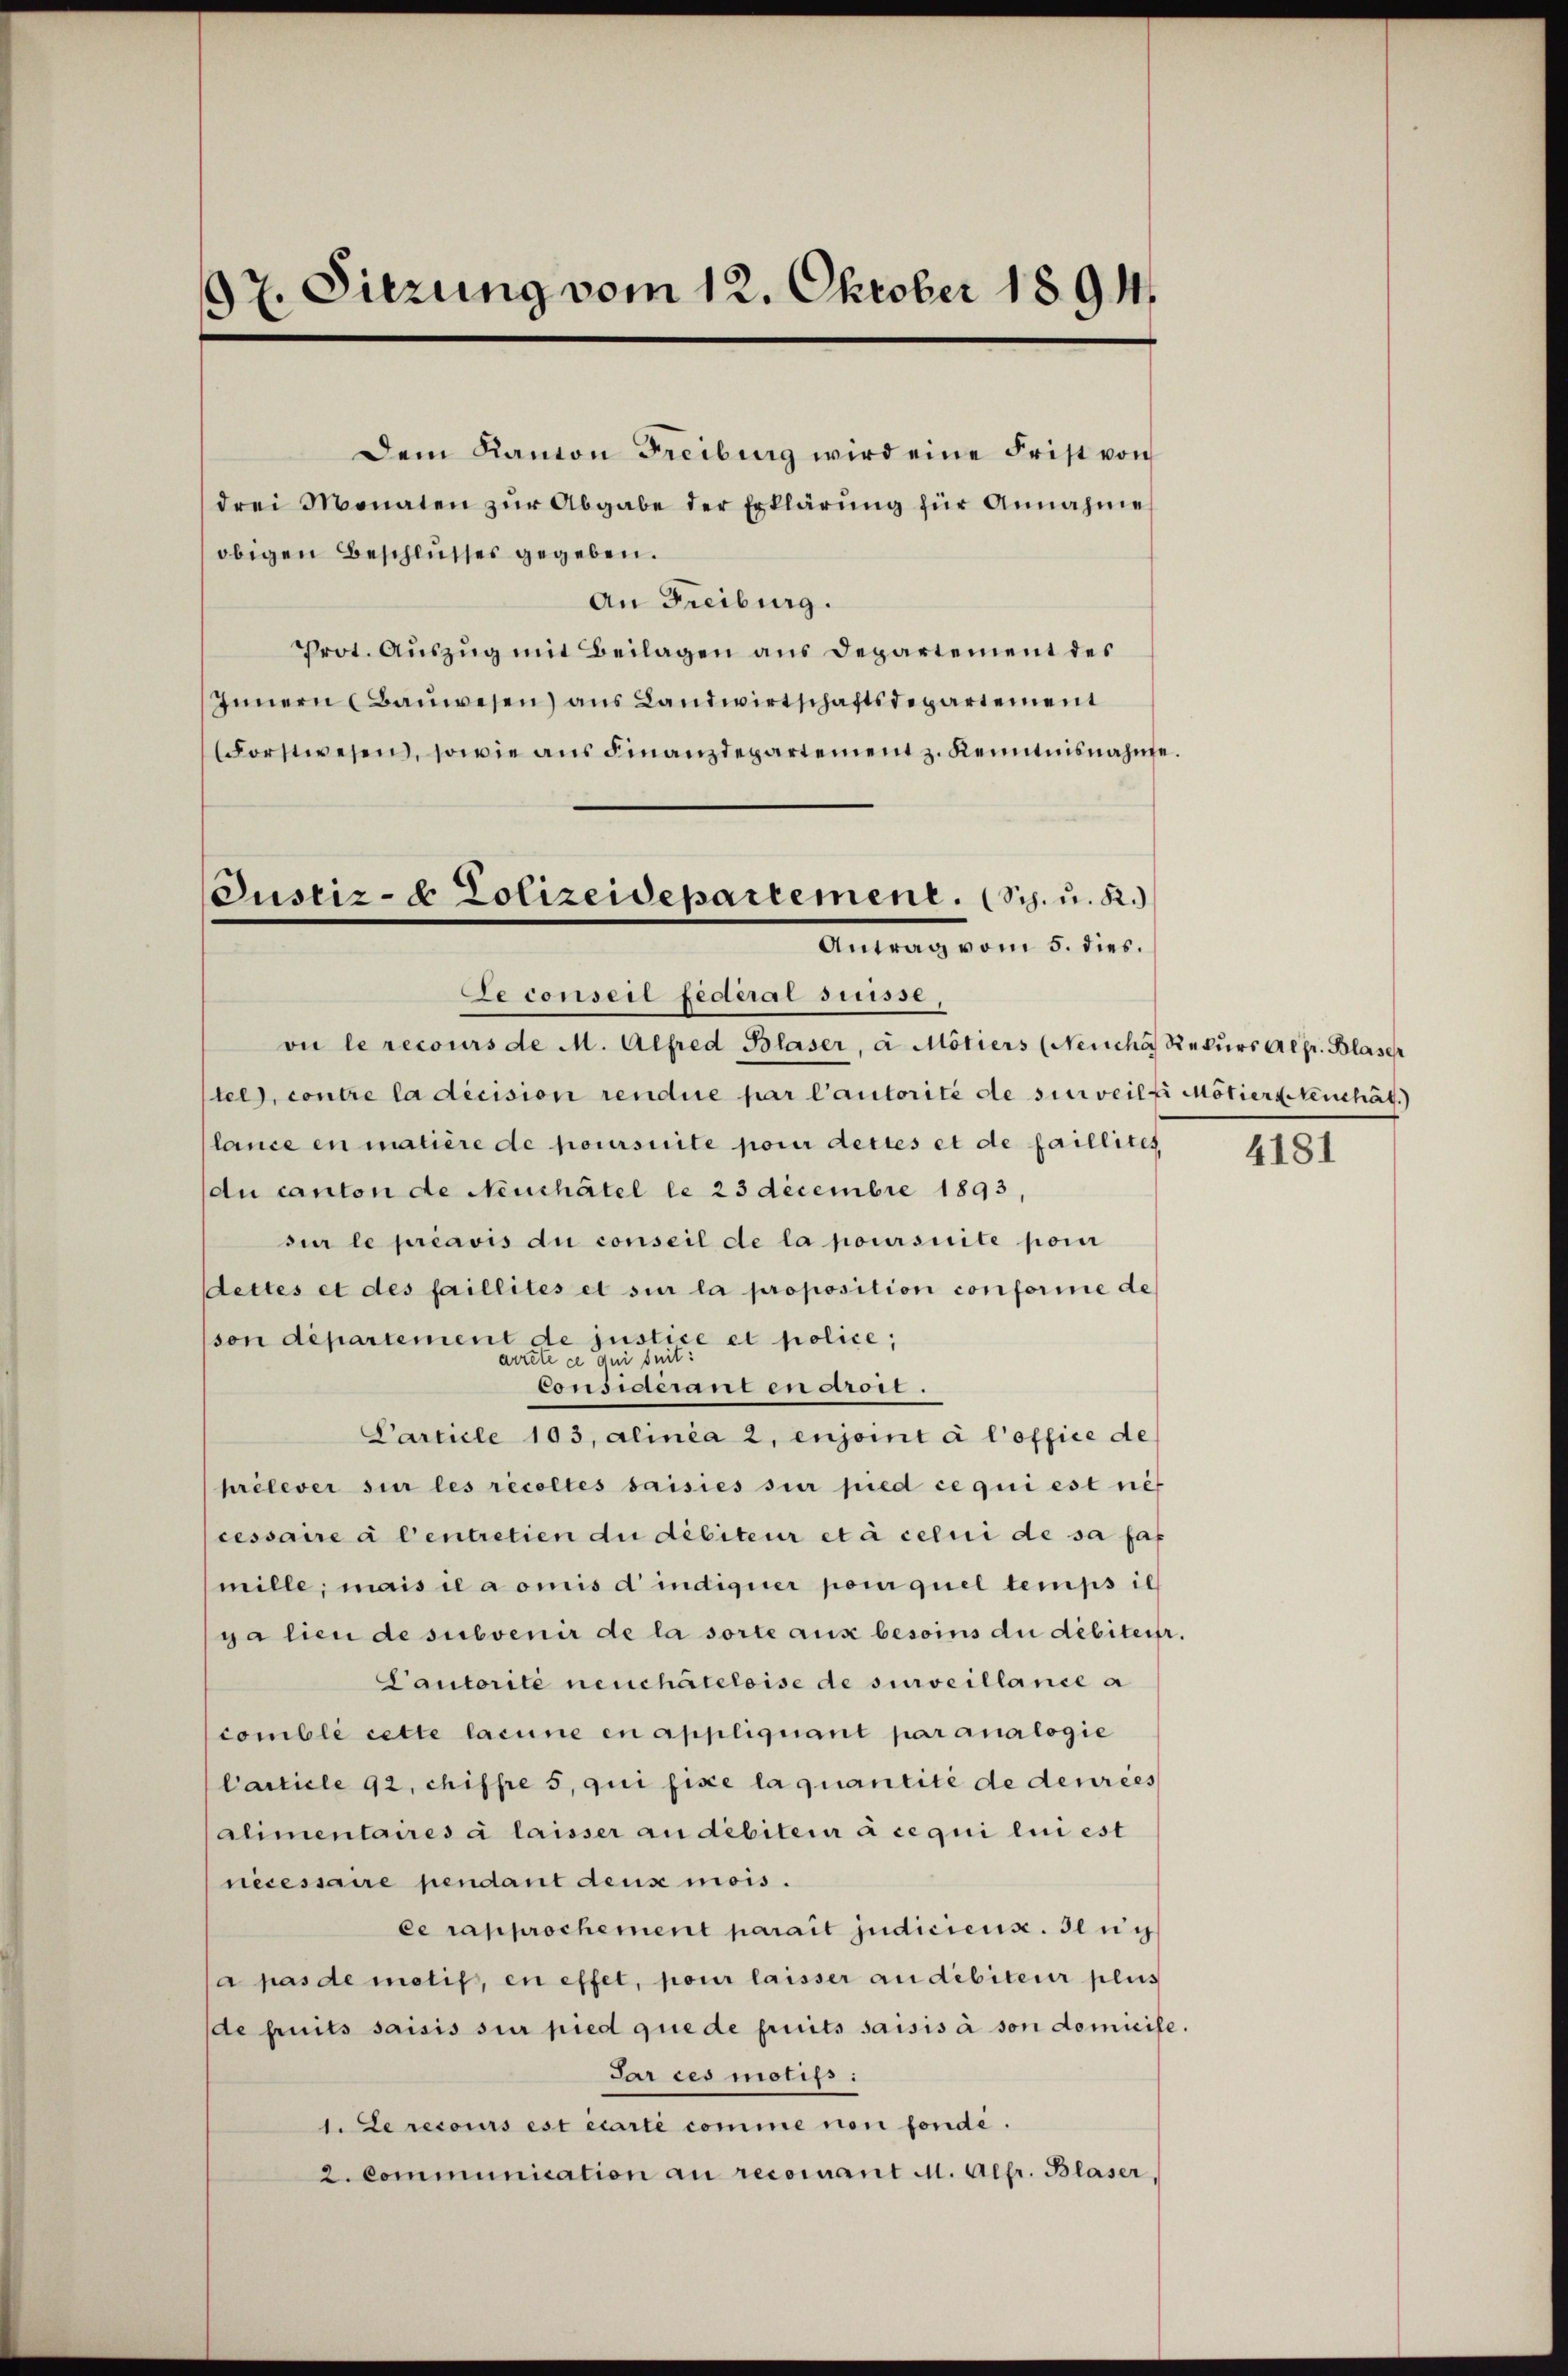
97. Sitzung vom 12. Oktober 1891.

Dem Kanton Freiburg wird eine Frist von
drei Monaten zŭr Abgabe der Erklärŭng für Annahme

Justiz- & Polizeidepartement. (Sch. u. 22.)
Antrag vom 5. dies.

obigen Beschlusses gegeben.
An Freiburg.
Prot. Aŭszŭg mit Beilagen aus Departement des
Innern Baŭwesen) ans Landwirtschaftsdepartement
Forstwesen, sowie aŭs Finanzdepartement z. Kenntnisnahme.
Se conser Federal suisse,
oi le recours de M. Alfred Blaser, à Mötiers (Neuche Rekŭrs Alfr. Blaser
tel), contre la décision rendue par l’autorité de surveilfi Mötierseuchät
lance en matière de poursuite pour dettes et de faillites
du canton de Neuchâtel le 23 Decembre 1893,
sur le préavis du conseil de la poursuite por
Stettes et des faillités et sur la proposition conforine de
son département de justice et police,
arrete ce qui suit:
Considerani en aurori.
Carticle 103, alinia 2, enjoint à l’office de
prélever sur les récoltes saisies sur pied ce qui est ref
cessaire à l’entretien du débiteur et à celui de sa fas
mille; mais il a omis d’indiquer pour quel temps ic
ga lieu de subvenir de la sorte aux besoins du débiteur
Cautorité neuchâteloise de surveillance a
comble cette lacune en appliquant par analogie
Carticle 92, chiffre 5, qui fisce la quantité de denrées
alimentaires à laisser an debiteur à ce qui lui est
necessaire pendant dens mois.
ce rapprochement parait judiciens. den g
(a pas de motif, en effet, pour laisser an debiteur plus
de fruits saisis sie pied que de fruits saisis à son domicile.
Sar ces motifs:
1. Le recours est écarte comme non fondé.
2. Communication an recomant M. Alfr. Blaser,

4181